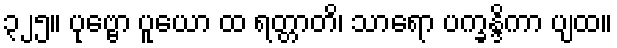
၃၂၅။ ပုဗ္ဗော ပူယော ထ ရတ္တာတိ၊ သာရော ပက္ခန္ဒိကာ ပျထ။